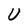
Character: U